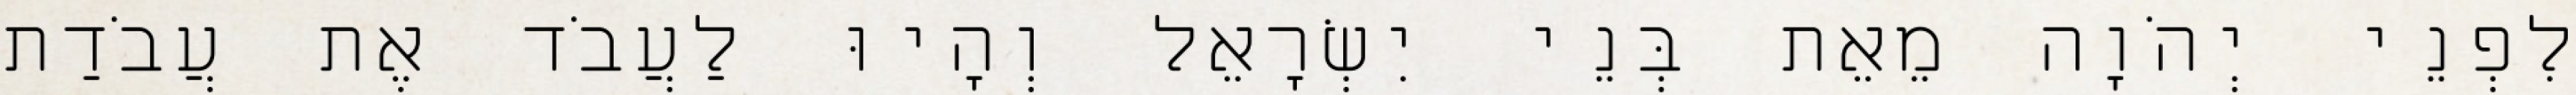
לִפְנֵי יְהֹוָה מֵאֵת בְּנֵי יִשְׂרָאֵל וְהָיוּ לַעֲבֹד אֶת עֲבֹדַת